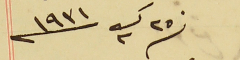
فى ٢٥ ك٢ سنة ١٩٣١